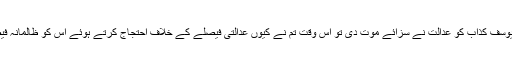
اور جب ،ملعون یوسف کذاب کو عدالت نے سزائے موت دی تو اس وقت تم نے کیوں عدالتی فیصلے کے خلاف احتجاج کرتے ہوئے اس کو ظالمانہ فیصلہ قرار دیا تھا۔